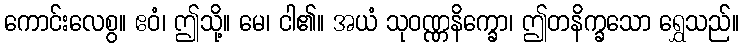
ကောင်းလေစွ။ ဧဝံ၊ ဤသို့။ မေ၊ ငါ၏။ အယံ သုဝဏ္ဏနိက္ခော၊ ဤတနိက္ခသော ရွှေသည်။